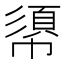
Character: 𢄼